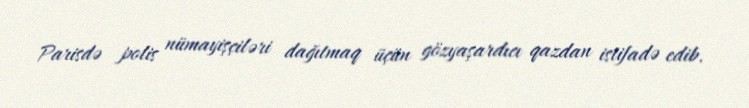
Parisdə polis nümayişçiləri dağıtmaq üçün gözyaşardıcı qazdan istifadə edib.